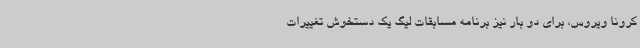
کرونا ویروس، برای دو بار نیز برنامه مسابقات لیگ یک دستخوش تغییرات